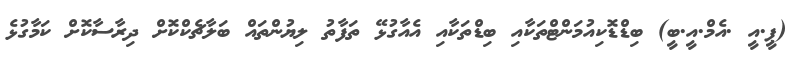
(ޕީ.އީ .އެމް.އީ.ބީ) ބިޑްޑޮކިއުމަންޓްތަކާއި ބިޑްތަކާއި އެއާގުޅޭ ތަފާތު ލިޔުންތައް ބަލާޗެކްކޮށް ދިރާސާކޮށް ކަމާގުޅެ